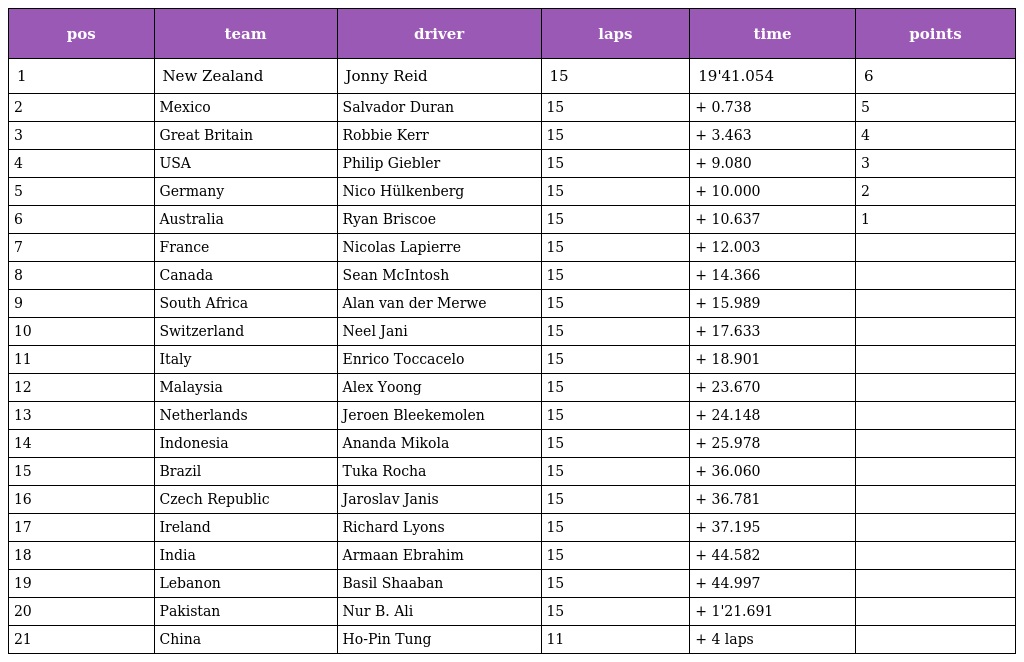
| pos | team | driver | laps | time | points |
 | --- | --- | --- | --- | --- | --- |
 | 1 | New Zealand | Jonny Reid | 15 | 19'41.054 | 6 |
 | 2 | Mexico | Salvador Duran | 15 | + 0.738 | 5 |
 | 3 | Great Britain | Robbie Kerr | 15 | + 3.463 | 4 |
 | 4 | USA | Philip Giebler | 15 | + 9.080 | 3 |
 | 5 | Germany | Nico Hülkenberg | 15 | + 10.000 | 2 |
 | 6 | Australia | Ryan Briscoe | 15 | + 10.637 | 1 |
 | 7 | France | Nicolas Lapierre | 15 | + 12.003 |  |
 | 8 | Canada | Sean McIntosh | 15 | + 14.366 |  |
 | 9 | South Africa | Alan van der Merwe | 15 | + 15.989 |  |
 | 10 | Switzerland | Neel Jani | 15 | + 17.633 |  |
 | 11 | Italy | Enrico Toccacelo | 15 | + 18.901 |  |
 | 12 | Malaysia | Alex Yoong | 15 | + 23.670 |  |
 | 13 | Netherlands | Jeroen Bleekemolen | 15 | + 24.148 |  |
 | 14 | Indonesia | Ananda Mikola | 15 | + 25.978 |  |
 | 15 | Brazil | Tuka Rocha | 15 | + 36.060 |  |
 | 16 | Czech Republic | Jaroslav Janis | 15 | + 36.781 |  |
 | 17 | Ireland | Richard Lyons | 15 | + 37.195 |  |
 | 18 | India | Armaan Ebrahim | 15 | + 44.582 |  |
 | 19 | Lebanon | Basil Shaaban | 15 | + 44.997 |  |
 | 20 | Pakistan | Nur B. Ali | 15 | + 1'21.691 |  |
 | 21 | China | Ho-Pin Tung | 11 | + 4 laps |  |